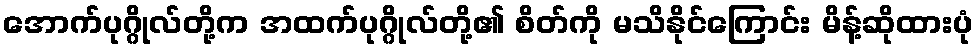
အောက်ပုဂ္ဂိုလ်တို့က အထက်ပုဂ္ဂိုလ်တို့၏ စိတ်ကို မသိနိုင်ကြောင်း မိန့်ဆိုထားပုံ